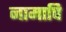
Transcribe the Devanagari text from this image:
नामापि